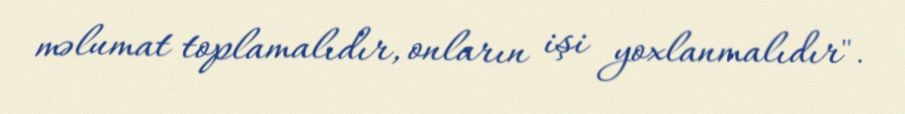
məlumat toplamalıdır, onların işi yoxlanmalıdır".